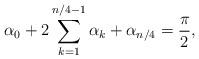
LaTeX: \begin{align*}\alpha_0 + 2\sum_{k=1}^{n/4-1}\alpha_k + \alpha_{n/4} = \frac{\pi}{2},\end{align*}